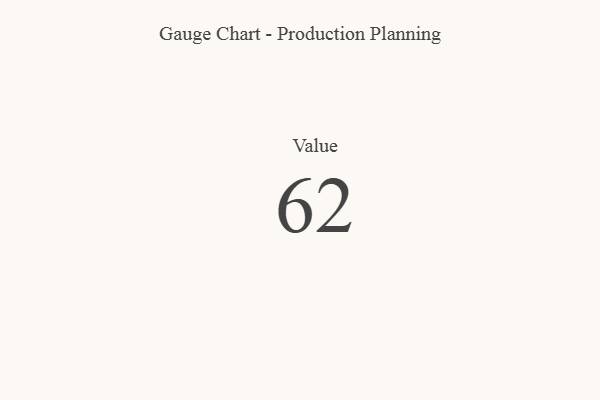
{"axis": {"x": "Metric", "y": "Value"}, "legend": [""], "data": [{"x": "Value", "y": 62, "type": ""}]}